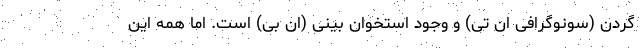
گردن (سونوگرافی ان تی) و وجود استخوان بینی (ان بی) است. اما همه این